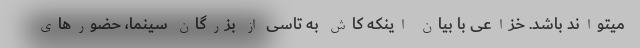
میتواند باشد. خزاعی با بیان اینکه کاش به تاسی از بزرگان سینما، حضورهای